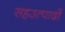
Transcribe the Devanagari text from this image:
सहउत्पादों